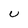
Character: U